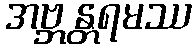
အဗ္ဘန္တရမဿ